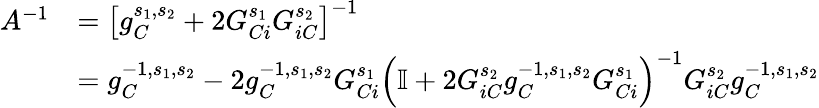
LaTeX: \begin{array}{rl}{A^{-1}}&{=\left[g_{C}^{s_{1},s_{2}}+2G_{Ci}^{s_{1}}G_{iC}^{s_{2}}\right]^{-1}}\\ &{=g_{C}^{-1,s_{1},s_{2}}-2g_{C}^{-1,s_{1},s_{2}}G_{Ci}^{s_{1}}\left(\mathbb{I}+2G_{iC}^{s_{2}}g_{C}^{-1,s_{1},s_{2}}G_{Ci}^{s_{1}}\right)^{-1}G_{iC}^{s_{2}}g_{C}^{-1,s_{1},s_{2}}}\end{array}